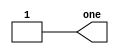
// https://hdlbits.01xz.net/wiki/Step_one

module top_module( output one );

    // Insert your code here
    assign one = 1'b1;

endmodule